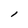
Character: l